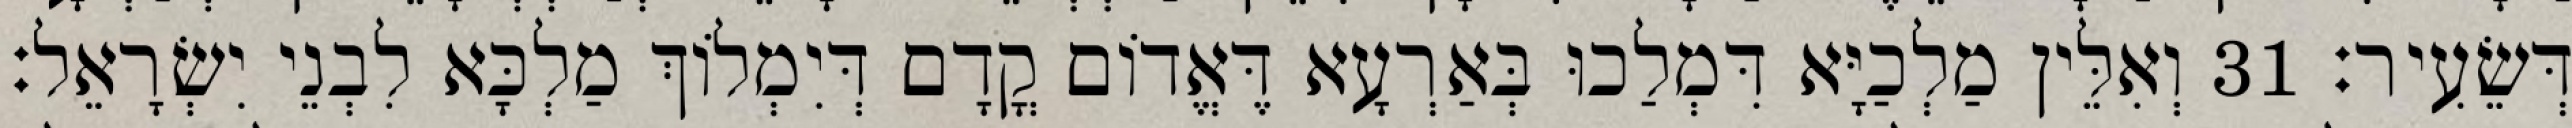
דְּשֵׂעִיר׃ 31 וְאִלֵּין מַלְכַיָּא דִּמְלַכוּ בְּאַרְעָא דֶּאֱדוֹם קֳדָם דְּיִמְלוֹךְ מַלְכָּא לִבְנֵי יִשְׂרָאֵל׃